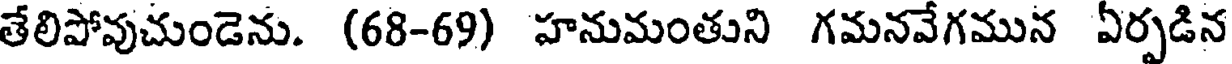
తేలిపోవుచుండెను. (68-69) హనుమంతుని గమనవేగమున ఏర్పడిన